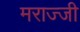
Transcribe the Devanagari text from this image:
मराज्जी